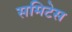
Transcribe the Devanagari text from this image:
समिटेस